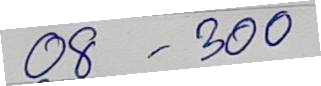
08 - 300